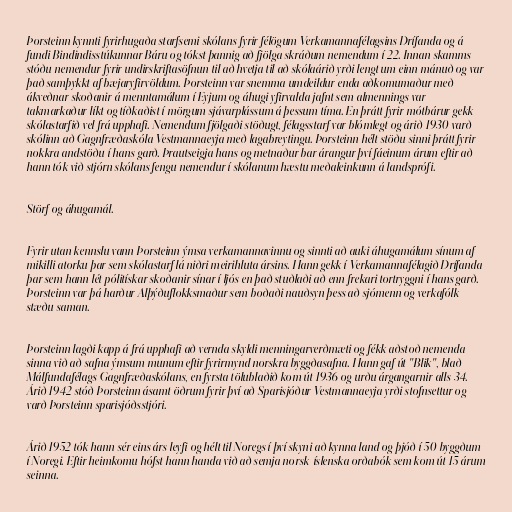
Þorsteinn kynnti fyrirhugaða starfsemi skólans fyrir félögum Verkamannafélagsins Drífanda og á
fundi Bindindisstúkunnar Báru og tókst þannig að fjölga skráðum nemendum í 22. Innan skamms
stóðu nemendur fyrir undirskriftasöfnun til að hvetja til að skólaárið yrði lengt um einn mánuð og var
það samþykkt af bæjaryfirvöldum. Þorsteinn var snemma umdeildur enda aðkomumaður með
ákveðnar skoðanir á menntamálum í Eyjum og áhugi yfirvalda jafnt sem almennings var
takmarkaður líkt og tíðkaðist í mörgum sjávarplássum á þessum tíma. En þrátt fyrir mótbárur gekk
skólastarfið vel frá upphafi. Nemendum fjölgaði stöðugt, félagsstarf var blómlegt og árið 1930 varð
skólinn að Gagnfræðaskóla Vestmannaeyja með lagabreytingu. Þorsteinn hélt stöðu sinni þrátt fyrir
nokkra andstöðu í hans garð. Þrautseigja hans og metnaður bar árangur því fáeinum árum eftir að
hann tók við stjórn skólans fengu nemendur í skólanum hæstu meðaleinkunn á landsprófi.

Störf og áhugamál.

Fyrir utan kennslu vann Þorsteinn ýmsa verkamannavinnu og sinnti að auki áhugamálum sínum af
mikilli atorku þar sem skólastarf lá niðri meirihluta ársins. Hann gekk í Verkamannafélagið Drífanda
þar sem hann lét pólitískar skoðanir sínar í ljós en það stuðlaði að enn frekari tortryggni í hans garð.
Þorsteinn var þá harður Alþýðuflokksmaður sem boðaði nauðsyn þess að sjómenn og verkafólk
stæðu saman.

Þorsteinn lagði kapp á frá upphafi að vernda skyldi menningarverðmæti og fékk aðstoð nemenda
sinna við að safna ýmsum munum eftir fyrirmynd norskra byggðasafna. Hann gaf út "Blik", blað
Málfundafélags Gagnfræðaskólans, en fyrsta tölublaðið kom út 1936 og urðu árgangarnir alls 34.
Árið 1942 stóð Þorsteinn ásamt öðrum fyrir því að Sparisjóður Vestmannaeyja yrði stofnsettur og
varð Þorsteinn sparisjóðsstjóri.

Árið 1952 tók hann sér eins árs leyfi og hélt til Noregs í því skyni að kynna land og þjóð í 50 byggðum
í Noregi. Eftir heimkomu hófst hann handa við að semja norsk-íslenska orðabók sem kom út 15 árum
seinna.